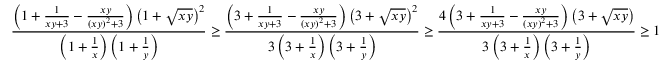
\frac { \left( 1 + \frac { 1 } { x y + 3 } - \frac { x y } { \left( x y \right) ^ { 2 } + 3 } \right) \left( 1 + \sqrt { x y } \right) ^ { 2 } } { \left( 1 + \frac { 1 } { x } \right) \left( 1 + \frac { 1 } { y } \right) } \ge \frac { \left( 3 + \frac { 1 } { x y + 3 } - \frac { x y } { \left( x y \right) ^ { 2 } + 3 } \right) \left( 3 + \sqrt { x y } \right) ^ { 2 } } { 3 \left( 3 + \frac { 1 } { x } \right) \left( 3 + \frac { 1 } { y } \right) } \ge \frac { 4 \left( 3 + \frac { 1 } { x y + 3 } - \frac { x y } { \left( x y \right) ^ { 2 } + 3 } \right) \left( 3 + \sqrt { x y } \right) } { 3 \left( 3 + \frac { 1 } { x } \right) \left( 3 + \frac { 1 } { y } \right) } \ge 1